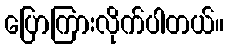
ပြောကြားလိုက်ပါတယ်။